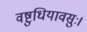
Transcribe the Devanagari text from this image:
वष्टुधियावसुः।